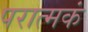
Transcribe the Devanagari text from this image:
परात्मकं